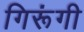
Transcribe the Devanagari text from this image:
गिरूंगी